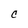
Character: C